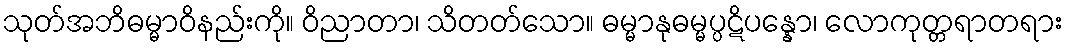
သုတ်အဘိဓမ္မာဝိနည်းကို။ ဝိညာတာ၊ သိတတ်သော။ ဓမ္မာနုဓမ္မပ္ပဋိပန္နော၊ လောကုတ္တရာတရား